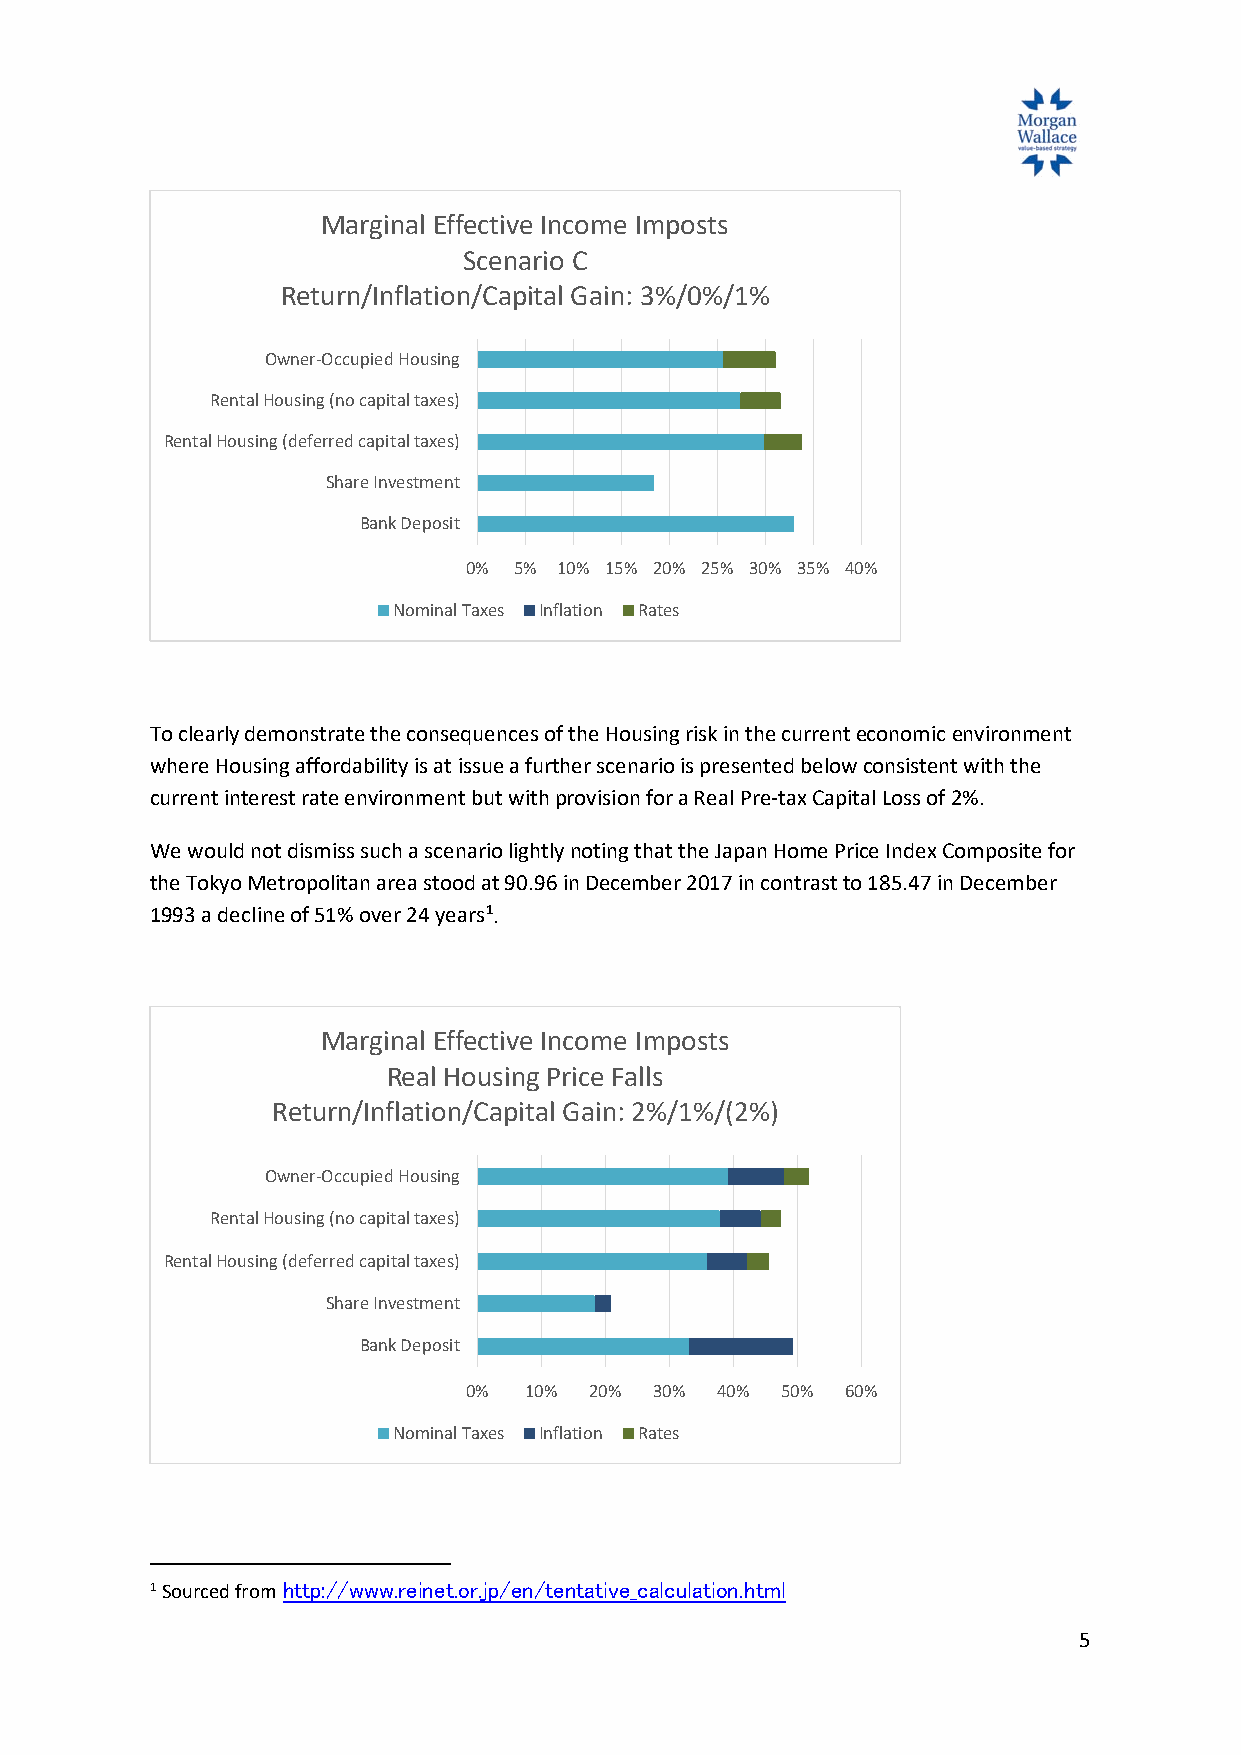
Marginal Effective Income Imposts
 Scenario C
 Return/Inflation/Capital Gain: 3%/0%/1%
 Owner-Occupied Housing
 Rental Housing (no capital taxes)
 Rental Housing (deferred capital taxes)
 Share Investment
 Bank Deposit
 0% 5% 10% 15% 20% 25% 30% 35% 40%
 Nominal Taxes Inflation Rates
 To clearly demonstrate the consequences of the Housing risk in the current economic environment
 where Housing affordability is at issue a further scenario is presented below consistent with the
 current interest rate environment but with provision for a Real Pre-tax Capital Loss of 2%.
 We would not dismiss such a scenario lightly noting that the Japan Home Price Index Composite for
 the Tokyo Metropolitan area stood at 90.96 in December 2017 in contrast to 185.47 in December
 1993 a decline of 51% over 24 years1.
 Marginal Effective Income Imposts
 Real Housing Price Falls
 Return/Inflation/Capital Gain: 2%/1%/(2%)
 Owner-Occupied Housing
 Rental Housing (no capital taxes)
 Rental Housing (deferred capital taxes)
 Share Investment
 Bank Deposit
 0%  10% 20% 30% 40%  50% 60%
 Nominal Taxes Inflation Rates
 1 Sourced from http://www.reinet.or.jp/en/tentative_calculation.html
 5